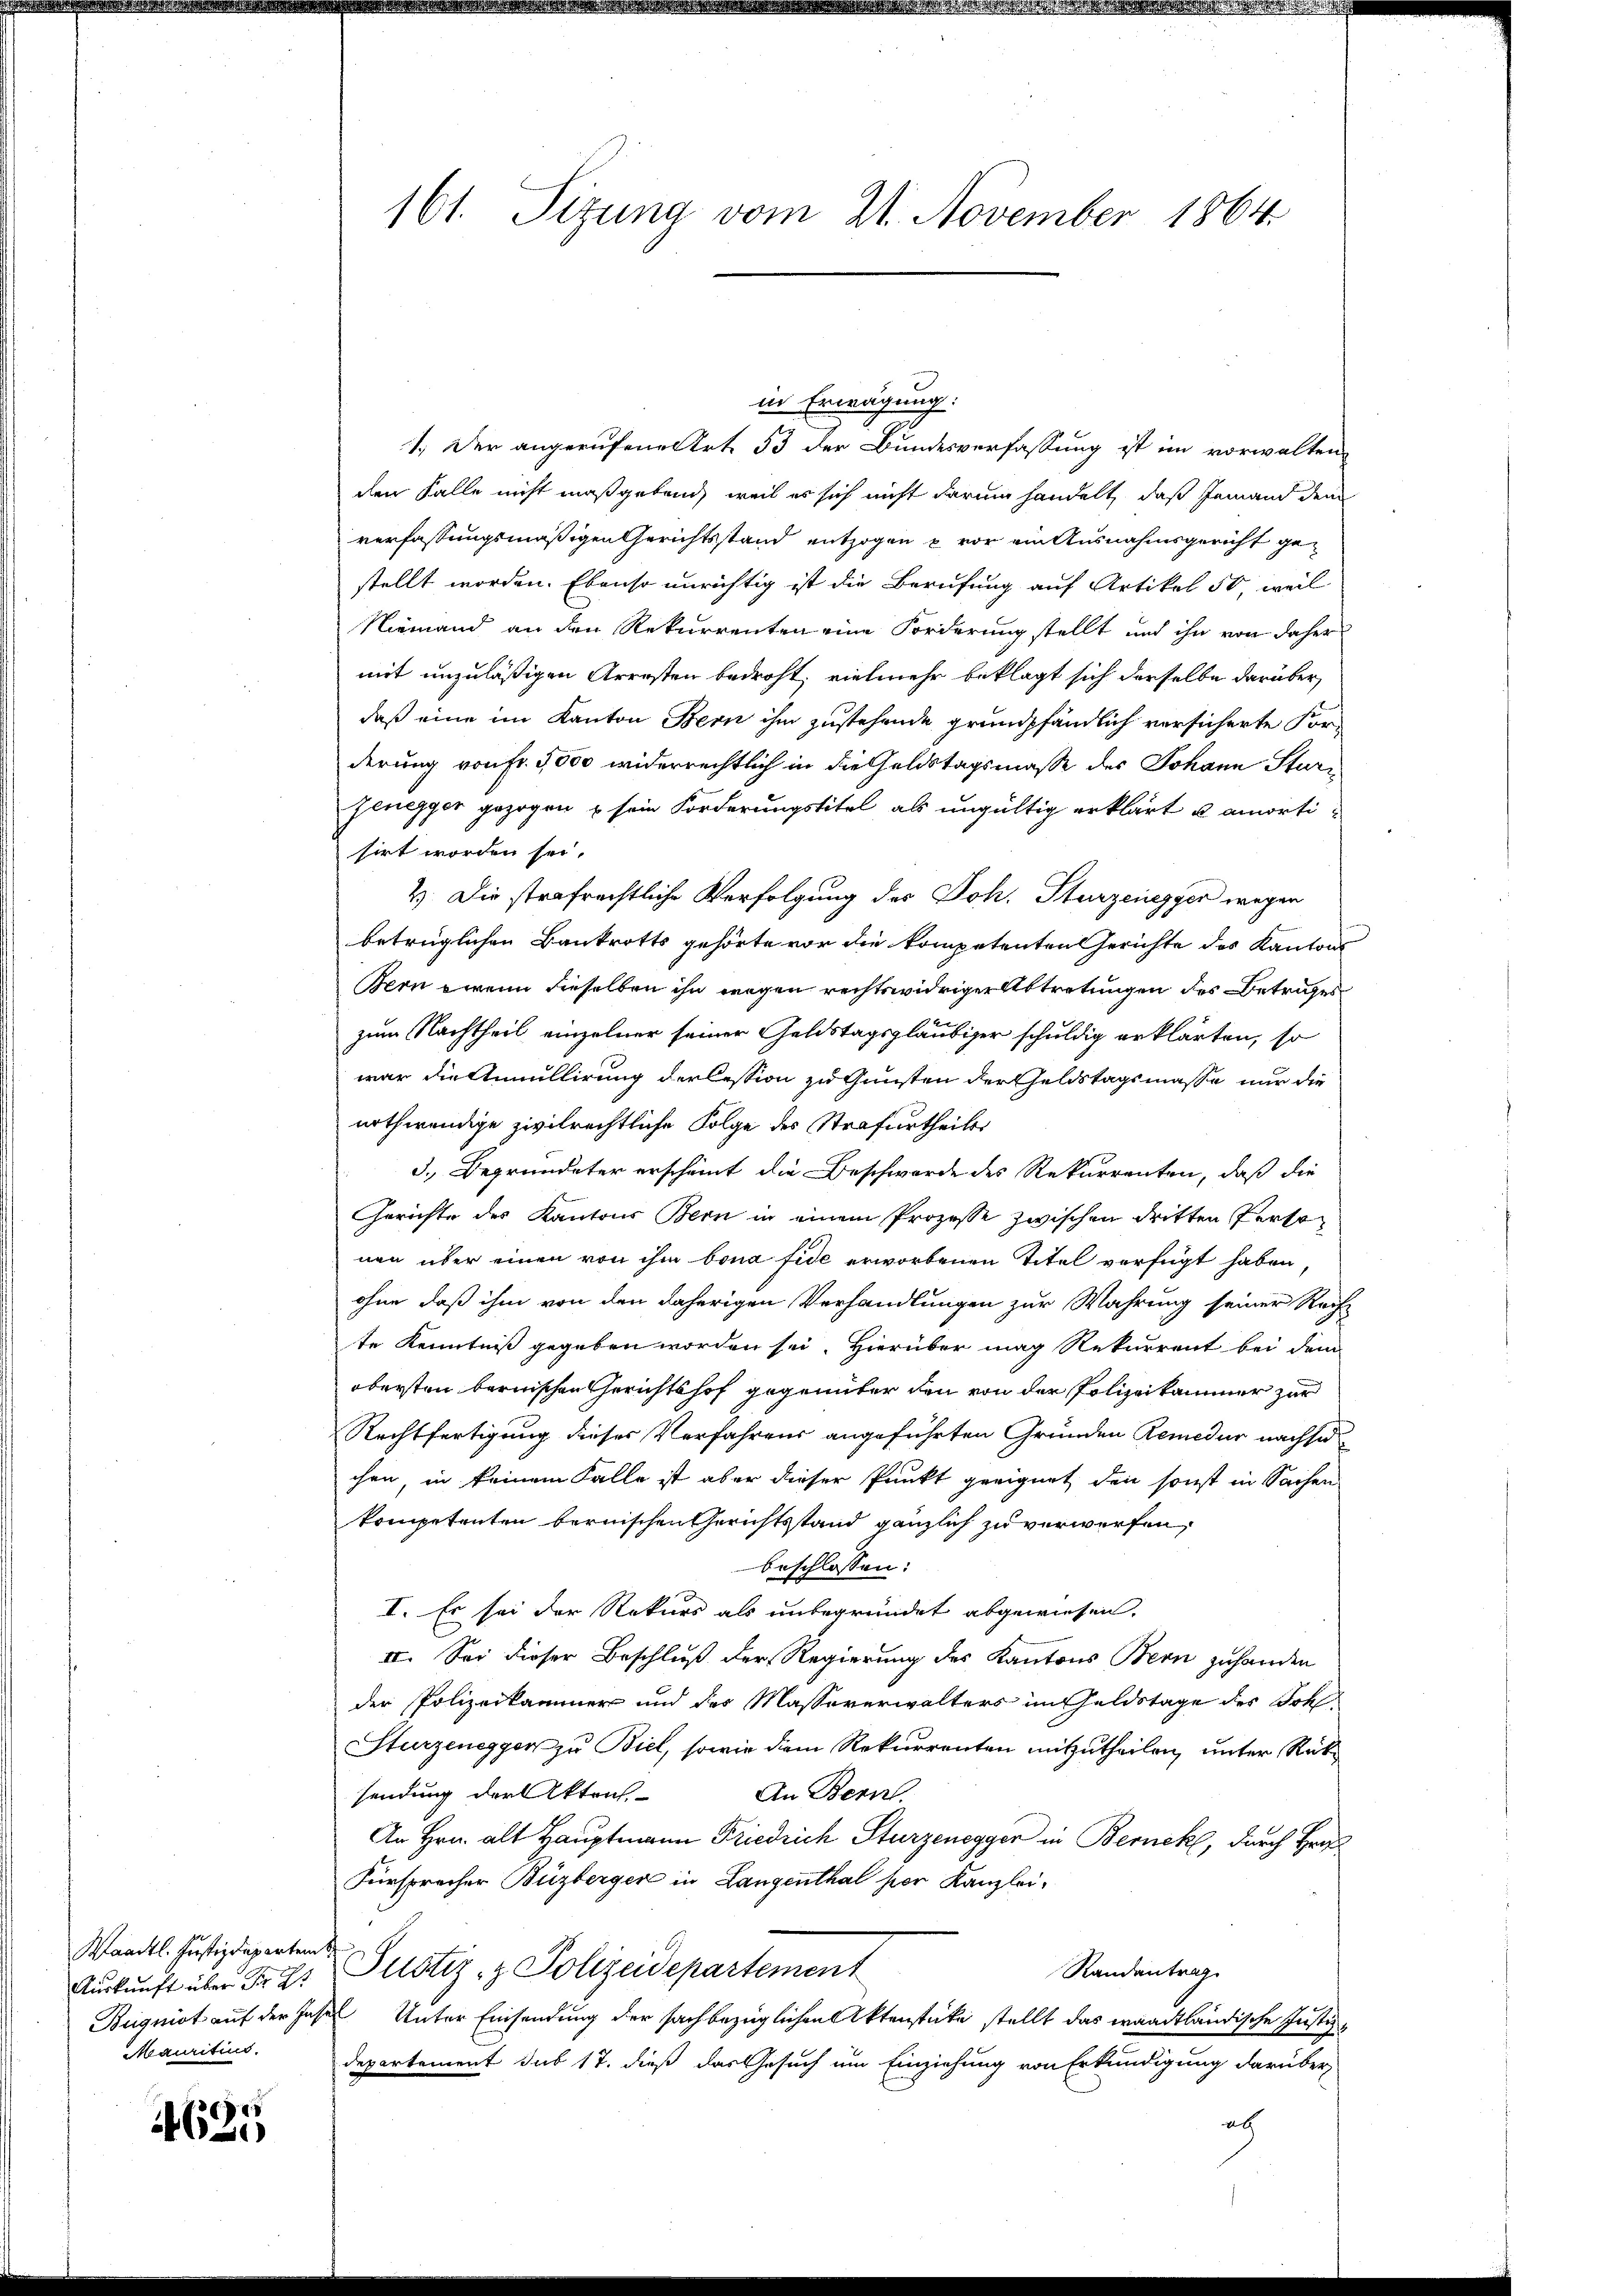
Waadt. Justizdepartem
Mauritius.

5
46)

in Erwägung:
1. Der angerufene Art. 53 der Bundesverfassung ist im vorwalten
den Falle nicht maßgebend, weil es sich nicht darum handelt, daß Jemand dem
verfassungsmäßigen Gerichtsstand entzogen u vor ein Ausnahmsgericht gestellt worden. Ebenso unrichtig ist die Berufung auf Artikel 50, weil
Niemand an den Rekurrenten eine Forderung stellt und ihn von daher
mit unzuläßigen Arresten bedroht, vielmehr beklagt sich derselbe darüber
daß eine im Kanton Bern ihm zustehende grundpfändlich versicherte Forderung von Fr. 5000 widerrechtlich in die Geldstagsmasse des Johann Sturn
zenegger gezogen u sein Forderungstitel als ungültig erklärt u amortisirt worden sei.
2. Die strafrechtliche Verfolgung des Joh. Sturzenegger wegen
betrüglichen Bankrotts gehörte vor die kompetenten Gerichte des Kantons
Bern wenn dieselben ihn wegen rechtswidriger Abtretungen des Betrages
zum Nachtheil einzelner seiner Geldstagsgläubiger schuldig erklärten, so
war die Annullirung der Cession zu Gunsten der Geldstagsmasse nur die
nothwendige zivilrechtliche Folge des Strafurtheiles
3. Begründeter erscheint die Beschwerde des Rekurrenten, daß die
Gerichte des Kantons Bern in einem Prozesse zwischen dritten Perso
nen über einen von ihm bona fide erworbenen Titel verfügt haben,
ohne daß ihm von den daherigen Verhandlungen zur Wahrung seiner Rech-
te Kenntniß gegeben worden sei. Hierüber mag Rekurrent bei dem
obersten bernischen Gerichtshof gegenüber den von der Polizeikaminer zur
Rechtfertigung dieses Verfahrens angeführten Gründen Remedur nachsi
chen, in keinem Falle ist aber dieser Punkt geeignet den sonst in Sachen
kompetenten bernischen Gerichtsstand gänzlich zu verwerfen,
beschlossen:
I. Es sei der Rekurs als unbegründet abgewiesen.
II. Sei dieser Beschluß der Regierung des Kantons Bern zuhanden
der Polizeikammer und des Massererwalters im Geldstage des Sohl
Sturzenegger zu Biel, sowie dem Rekurrenten mitzutheilen, unter Rüksendung der Akten.
An Bern
An Hrn. alt Hauptmann Friedrich Sturzenegger in Bernek, durch Her
Fürspracher Buzberger in Langenthal her Kanzlei¬
Randantrag
Aŭskŭnft über Fres Justiz- & Polizeidepartement
Bugnist auf der Jahres Unter Einsendung der sachbezüglichen Aktenstücke stellt das waadtländische Justiz-
departement sub 17. dieß das Gesuch um Einziehung von Erkundigung darüber
ab

161. Sizung vom 21. November 1864.